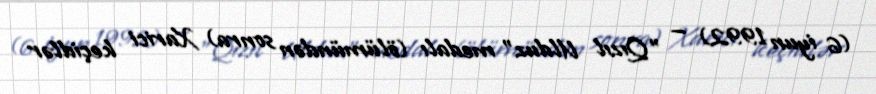
(6 iyun 1992) — "Qızıl Ulduz" medalı (ölümündən sonra) Xarici keçidlər